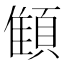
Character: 顀